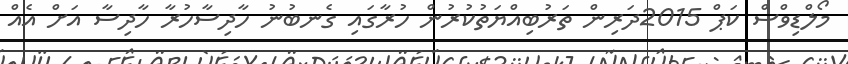
މޯލްޑިވްސް ކަޕް 2015ދަރިން ތަރުބިއްޔަތުކުރުން ހުރާގައި ގެނބުނު ހާދިސާހުރާ ހާދިސާ އަށް އެއް